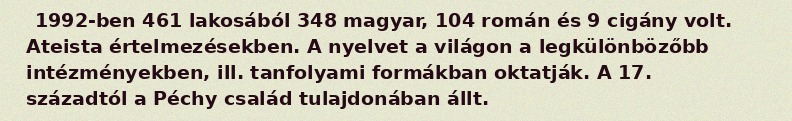
1992-ben 461 lakosából 348 magyar, 104 román és 9 cigány volt. Ateista értelmezésekben. A nyelvet a világon a legkülönbözőbb intézményekben, ill. tanfolyami formákban oktatják. A 17. századtól a Péchy család tulajdonában állt.